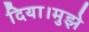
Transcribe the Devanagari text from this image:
दिया।मुझे